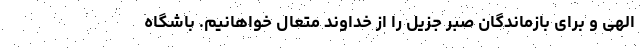
الهی و برای بازماندگان صبر جزیل را از خداوند متعال خواهانیم. باشگاه